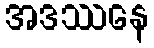
အဒဿနေ